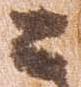
々